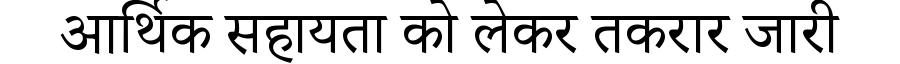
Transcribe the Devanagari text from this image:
आर्थिक सहायता को लेकर तकरार जारी